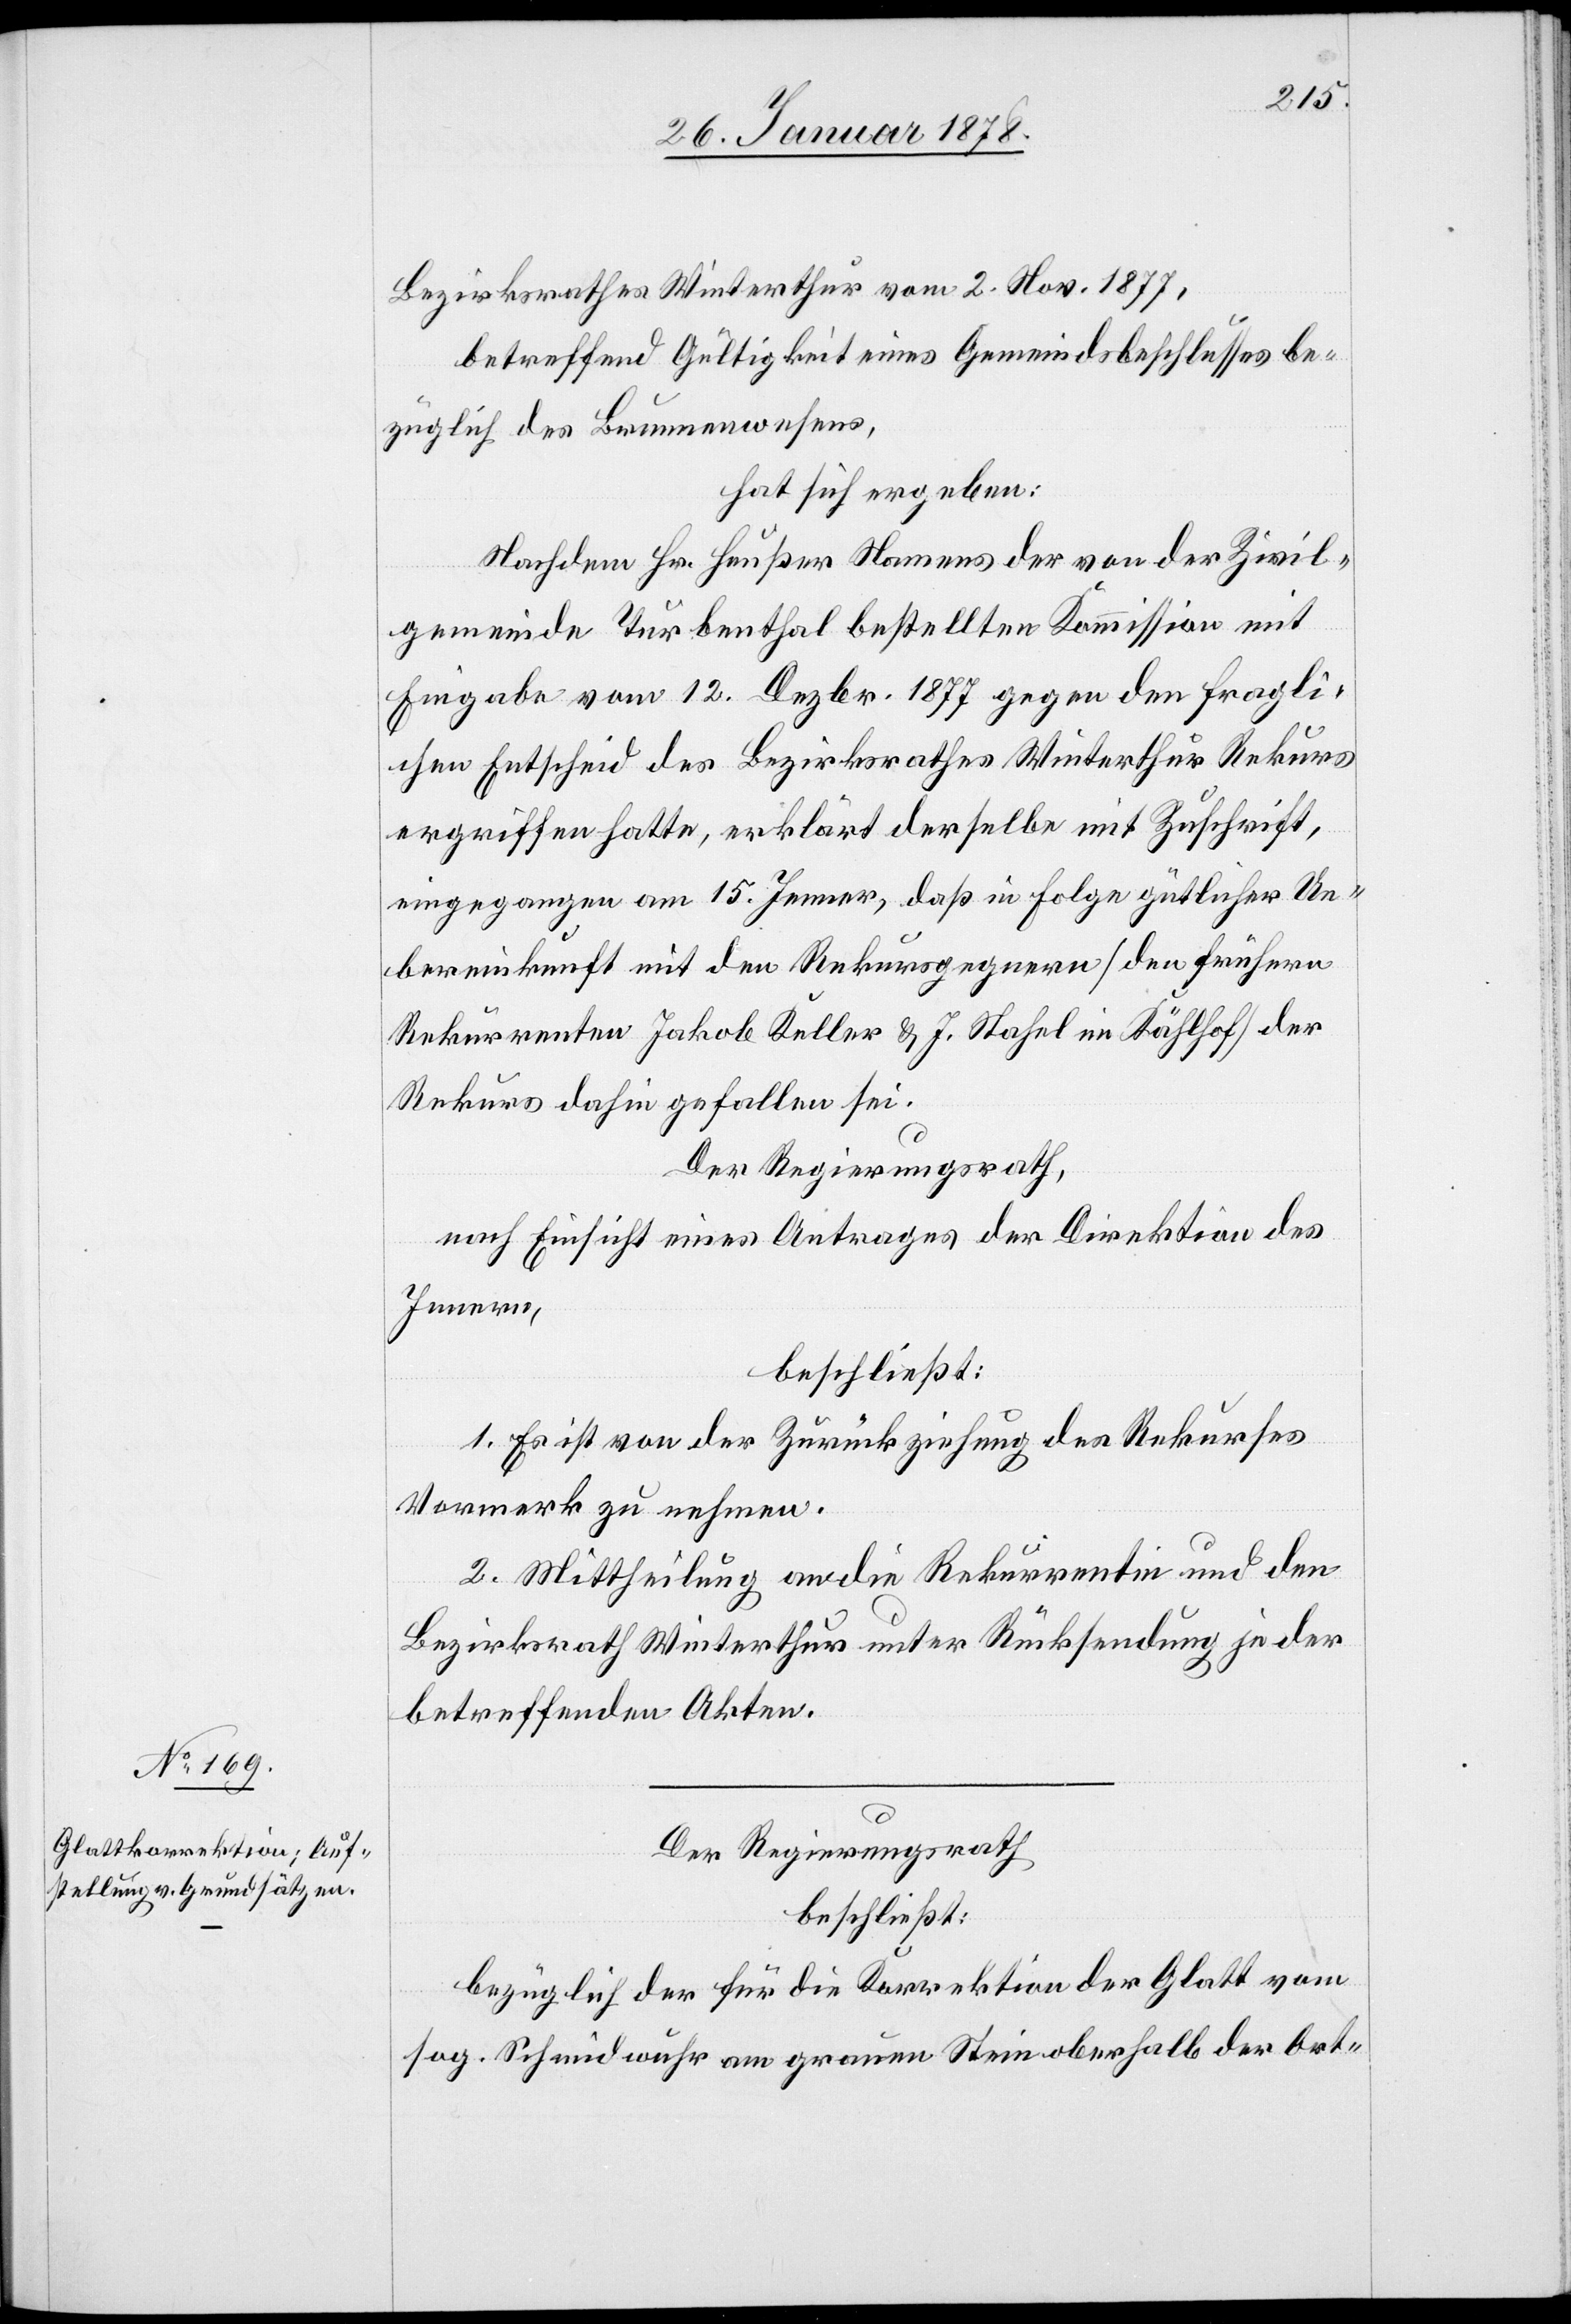
Bezirksrathes Winterthur vom 2. Nov. 1877,
betreffend Gültigkeit eines Gemeindsbeschlusses be¬
züglich des Brunnenwesens,
hat sich ergeben:
Nachdem Hr. Heußer Namens der von der Zivil¬
gemeinde Turbenthal bestellten Kommission mit
Eingabe vom 12. Dezbr. 1877 gegen den fragli¬
chen Entscheid des Bezirksrathes Winterthur Rekurs
ergriffen hatte, erklärt derselbe mit Zuschrift,
eingegangen am 15. Jenner, daß in Folge gütlicher Ue¬
bereinkunft mit den Rekursgegnern (den frühern
Rekurrenten Jakob Keller & J. Stahel im Kählhof) der
Rekurs dahin gefallen sei.
Der Regierungsrath,
nach Einsicht eines Antrages der Direktion des
Innern
beschließt:
1. Es ist von der Zurückziehung des Rekurses
Vormerk zu nehmen.
2. Mittheilung an die Rekurrentin und den
Bezirksrath Winterthur unter Rücksendung je der
betreffenden Akten.
Der Regierungsrath
beschließt:
bezüglich der für die Korrektion der Glatt vom
sog. Schmidwuhr am grauen Stein oberhalb der Ort-